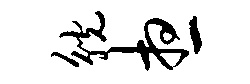
觥想